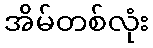
အိမ်တစ်လုံး